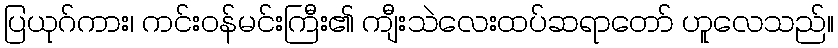
ပြယုဂ်ကား၊ ကင်းဝန်မင်းကြီး၏ ကျီးသဲလေးထပ်ဆရာတော် ဟူလေသည်။